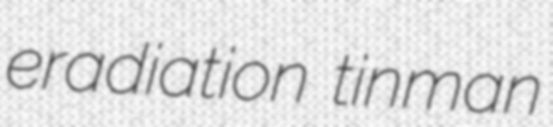
eradiation tinman